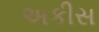
અકીસ